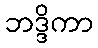
ဘဒ္ဒိကာ